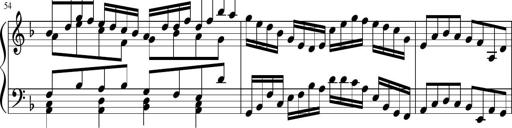
Title: Sonatina in F major
Composer: Ethan Ngo
Key: F major